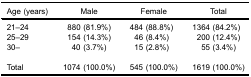
<table><thead><tr><td><b>Age (years)</b></td><td><b>Male</b></td><td><b>Female</b></td><td><b>Total</b></td></tr></thead><tbody><tr><td>21–24</td><td>880 (81.9%)</td><td>484 (88.8%)</td><td>1364 (84.2%)</td></tr><tr><td>25–29</td><td>154 (14.3%)</td><td>46 (8.4%)</td><td>200 (12.4%)</td></tr><tr><td>30–</td><td>40 (3.7%)</td><td>15 (2.8%)</td><td>55 (3.4%)</td></tr><tr><td colspan="4"> </td></tr><tr><td>Total</td><td>1074 (100.0%)</td><td>545 (100.0%)</td><td>1619 (100.0%)</td></tr></tbody></table>